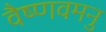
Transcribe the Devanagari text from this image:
वैष्णवमनु